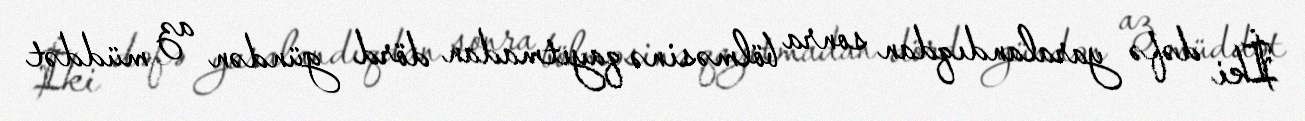
İki dəfə yaralandıqdan sonra bölməsinə qayıtmadan dörd gündən az müddət